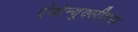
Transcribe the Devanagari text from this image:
एंडोन्युक्लीएज